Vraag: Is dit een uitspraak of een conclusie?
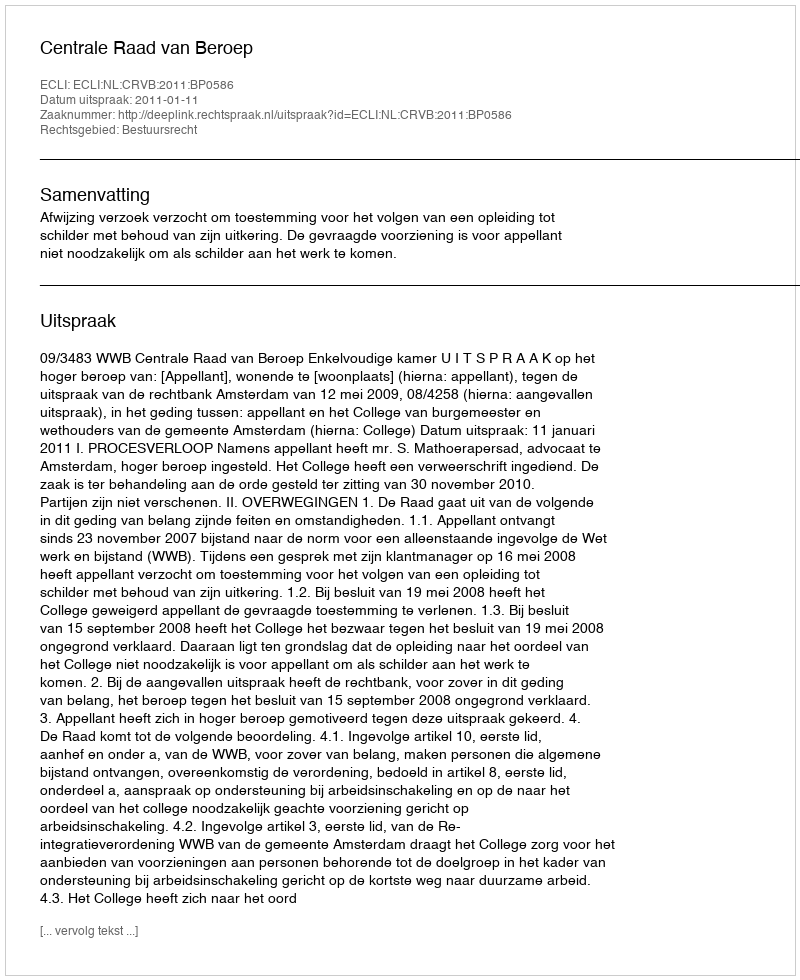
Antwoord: Uitspraak